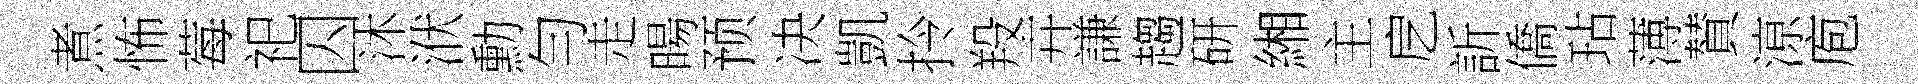
煮怖莓祀囚沐洑勳勻走暘预决凱拎羖卉謙趨研緗主戹訢僑玷薄賛鿌庖